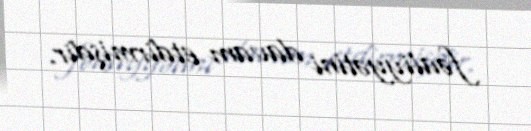
fəaliyyətini davam etdirmişdir.